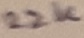
Text: 22K